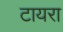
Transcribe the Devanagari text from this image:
टायरा